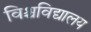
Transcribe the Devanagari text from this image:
विश्चविद्यालय